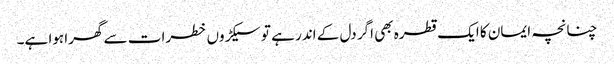
چنانچہ ایمان کا ایک قطرہ بھی اگر دل کے اندر ہے تو سیکڑوں خطرات سے گھرا ہوا ہے۔